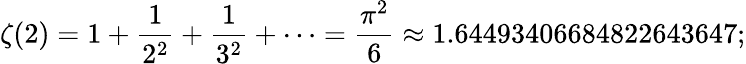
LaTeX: \zeta(2)=1+{\frac{1}{2^{2}}}+{\frac{1}{3^{2}}}+\cdots={\frac{\pi^{2}}{6}}\approx 1.64493406684822643647;